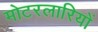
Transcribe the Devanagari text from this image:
मोटरलारियों